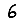
Digit: 6